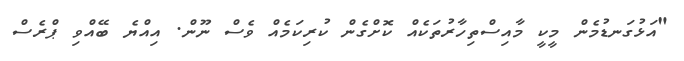
"އަޅުގަނޑުމެން މީކީ މާއިސްތިހާރުތަކެއް ކޮށްގެން ކުރިކަމެއް ވެސް ނޫން. އިއްޔެ ބޭއްވި ޕްރެސް